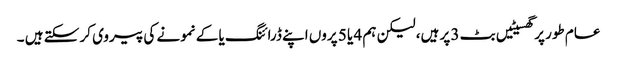
عام طور پر گھسیٹیں بٹ 3 پر ہیں، لیکن ہم 4 یا 5 پروں اپنے ڈرائنگ یا کے نمونے کی پیروی کر سکتے ہیں ۔